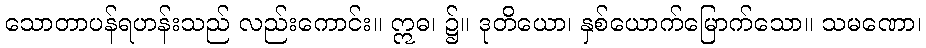
သောတာပန်ရဟန်းသည် လည်းကောင်း။ ဣဓ၊ ၌။ ဒုတိယော၊ နှစ်ယောက်မြောက်သော။ သမဏော၊